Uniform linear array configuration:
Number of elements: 12
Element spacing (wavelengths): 1
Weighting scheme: cosine
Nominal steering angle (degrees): -15
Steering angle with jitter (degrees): -16.279
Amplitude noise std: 0.05
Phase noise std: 0.05

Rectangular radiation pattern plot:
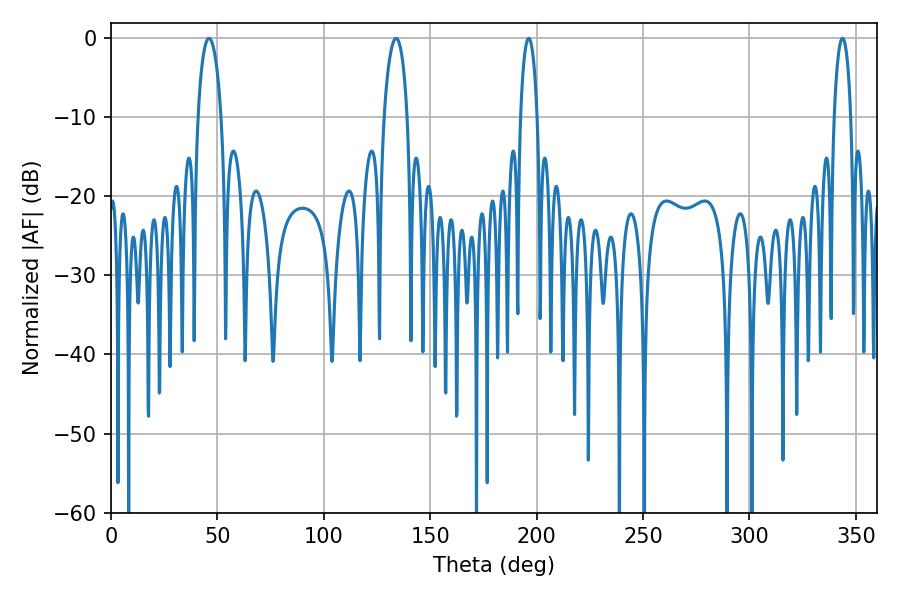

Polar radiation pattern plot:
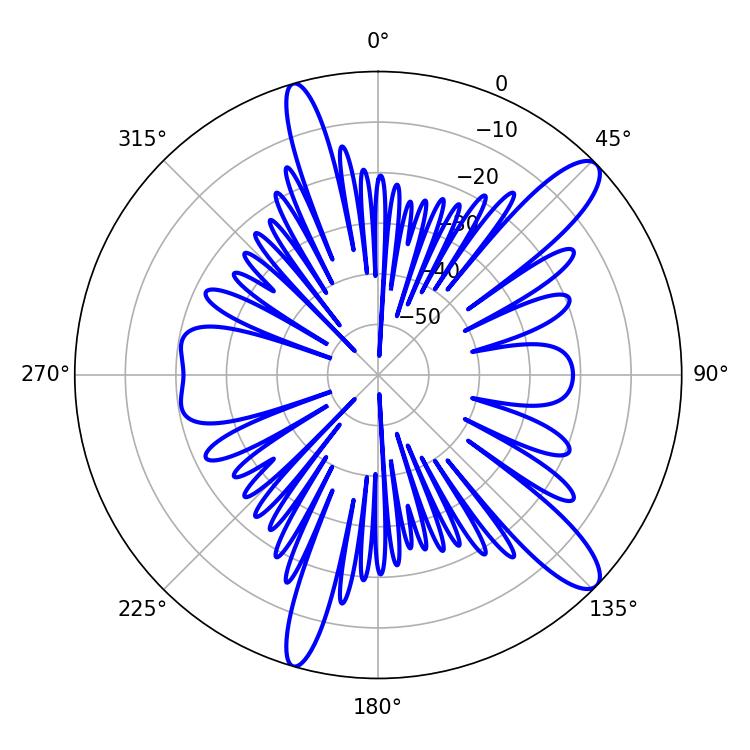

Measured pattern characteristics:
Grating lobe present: TRUE
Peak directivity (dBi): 12.148
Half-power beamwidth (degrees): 6.3
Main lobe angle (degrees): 46.08